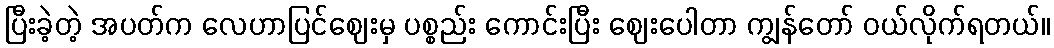
ပြီးခဲ့တဲ့ အပတ်က လေဟာပြင်ဈေးမှ ပစ္စည်း ကောင်းပြီး ဈေးပေါတာ ကျွန်တော် ဝယ်လိုက်ရတယ်။